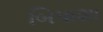
બિપાશા